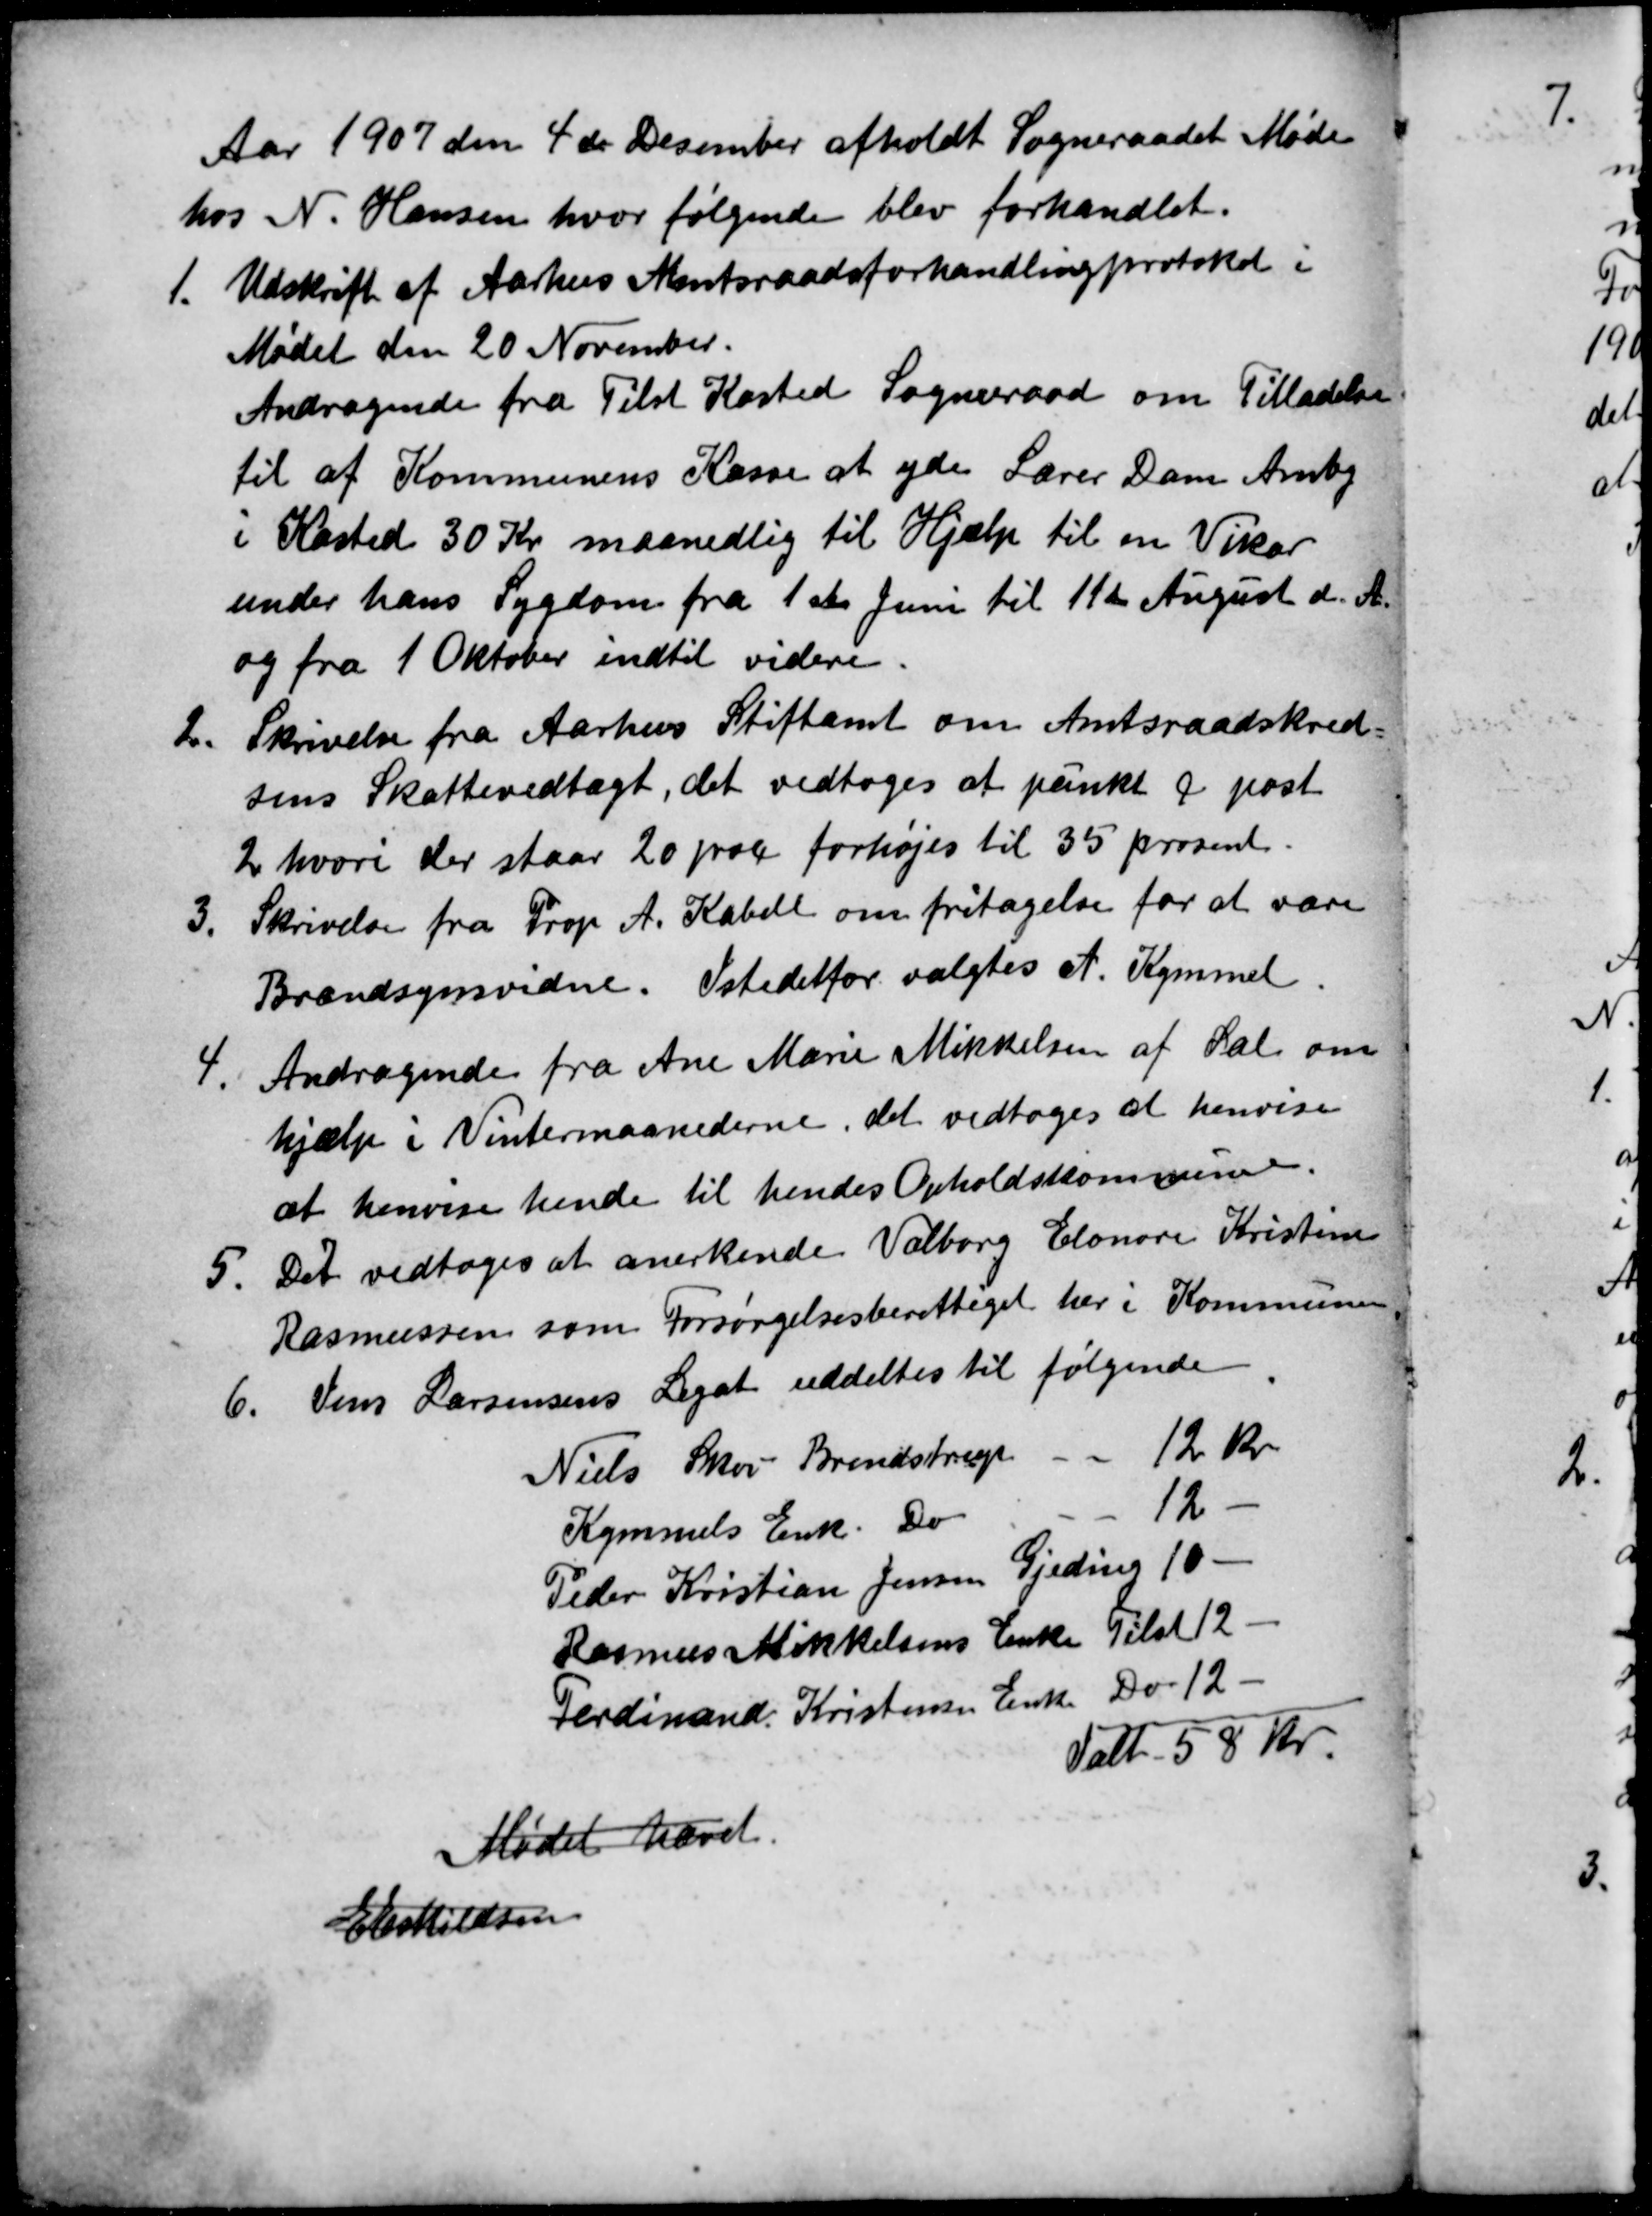
Transskription:
Aar 1907 den 4de Desember afholdt Sogneraadet Møde
hos N. Hansen, hvor følgende blev forhandlet.
1.
Udskrift af Aarhus Amtsraadsforhandlingprotokol i
Mødet den 20 November.
Andragende fra Tilst Kasted Sogneraad om Tilladelse
til af Kommunens Kasse at yde Lærer Dam Amby
i Kasted 30 Kr maanedlig til Hjælp til en Vikar
under hans Sygdom fra 1ste Juni til 11te August d. A.
og fra 1 Oktober indtil videre.
2
Skrivelse fra Aarhus Stiftamt om Amtsraadskred
sens Skattevedtægt, det vedtoges at punkt q post
2 hvori der staar 20 proc forhøjes til 35 prosent.
3.
Skrivelse fra Prop  A. Kabell om fritagelse for at være
Brandsynsvidne. Istedetfor valgtes A. Kymmel.
4
Andragende fra Ane Marie Mikkelsen af Sal om
hjælp i Vintermaanederne, det vedtoges at henvise
at henvise hende til hendes Opholdskommune.
5.
Det vedtoges at anerkende Valborg Elonore Kristine
Rasmussen som Forsørgelsesberettiget her i Kommunen.
6
Jens Larsensens Legat uddeltes til følgende.
Niels Skou Brendstrup
12 kr
Kymmels Enk. Do
12
Peder Kristian Jensen Gjeding 10
Rasmus Mikkelsens Enke Tilst
Ferdinand. Kristensen Enke Do 12
Ialt 58 Kr.
Mødet hævet.
E Eskildsen